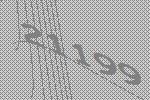
21199